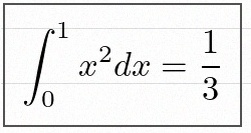
\int_0^1 x^2dx=\frac13